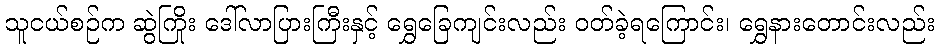
သူငယ်စဉ်က ဆွဲကြိုး ဒေါ်လာပြားကြီးနှင့် ရွှေခြေကျင်းလည်း ဝတ်ခဲ့ရကြောင်း၊ ရွှေနားတောင်းလည်း